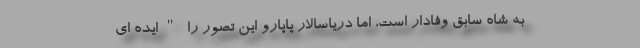
به شاه سابق وفادار است، اما دریاسالار پاپارو این تصور را "ایده ای